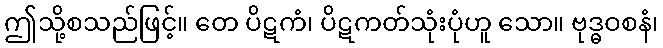
ဤသို့စသည်ဖြင့်။ တေ ပိဋကံ၊ ပိဋကတ်သုံးပုံဟူ သော။ ဗုဒ္ဓဝစနံ၊